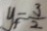
y _ { 4 } = \frac { 3 } { 2 }